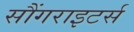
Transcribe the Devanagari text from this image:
सौंगराइटर्स